Problem: 4 × 2 = ?
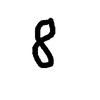
Handwritten answer: 8